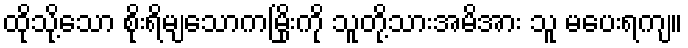
ထိုသို့သော စိုးရိမျသောကမြိုးကို သူတို့သားအမိအား သူ မပေးရကျ။